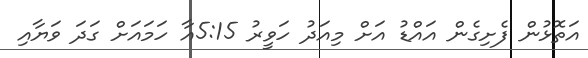
އަތޮޅުން ފެށިގެން އައްޑު އަށް މިއަދު ހަވީރު 5:15އާ ހަމައަށް ގަދަ ވަޔާއި